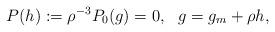
LaTeX: \begin{align*} P(h) := \rho^{-3} P_0(g) = 0,\ \ g = g_m + \rho h,\end{align*}